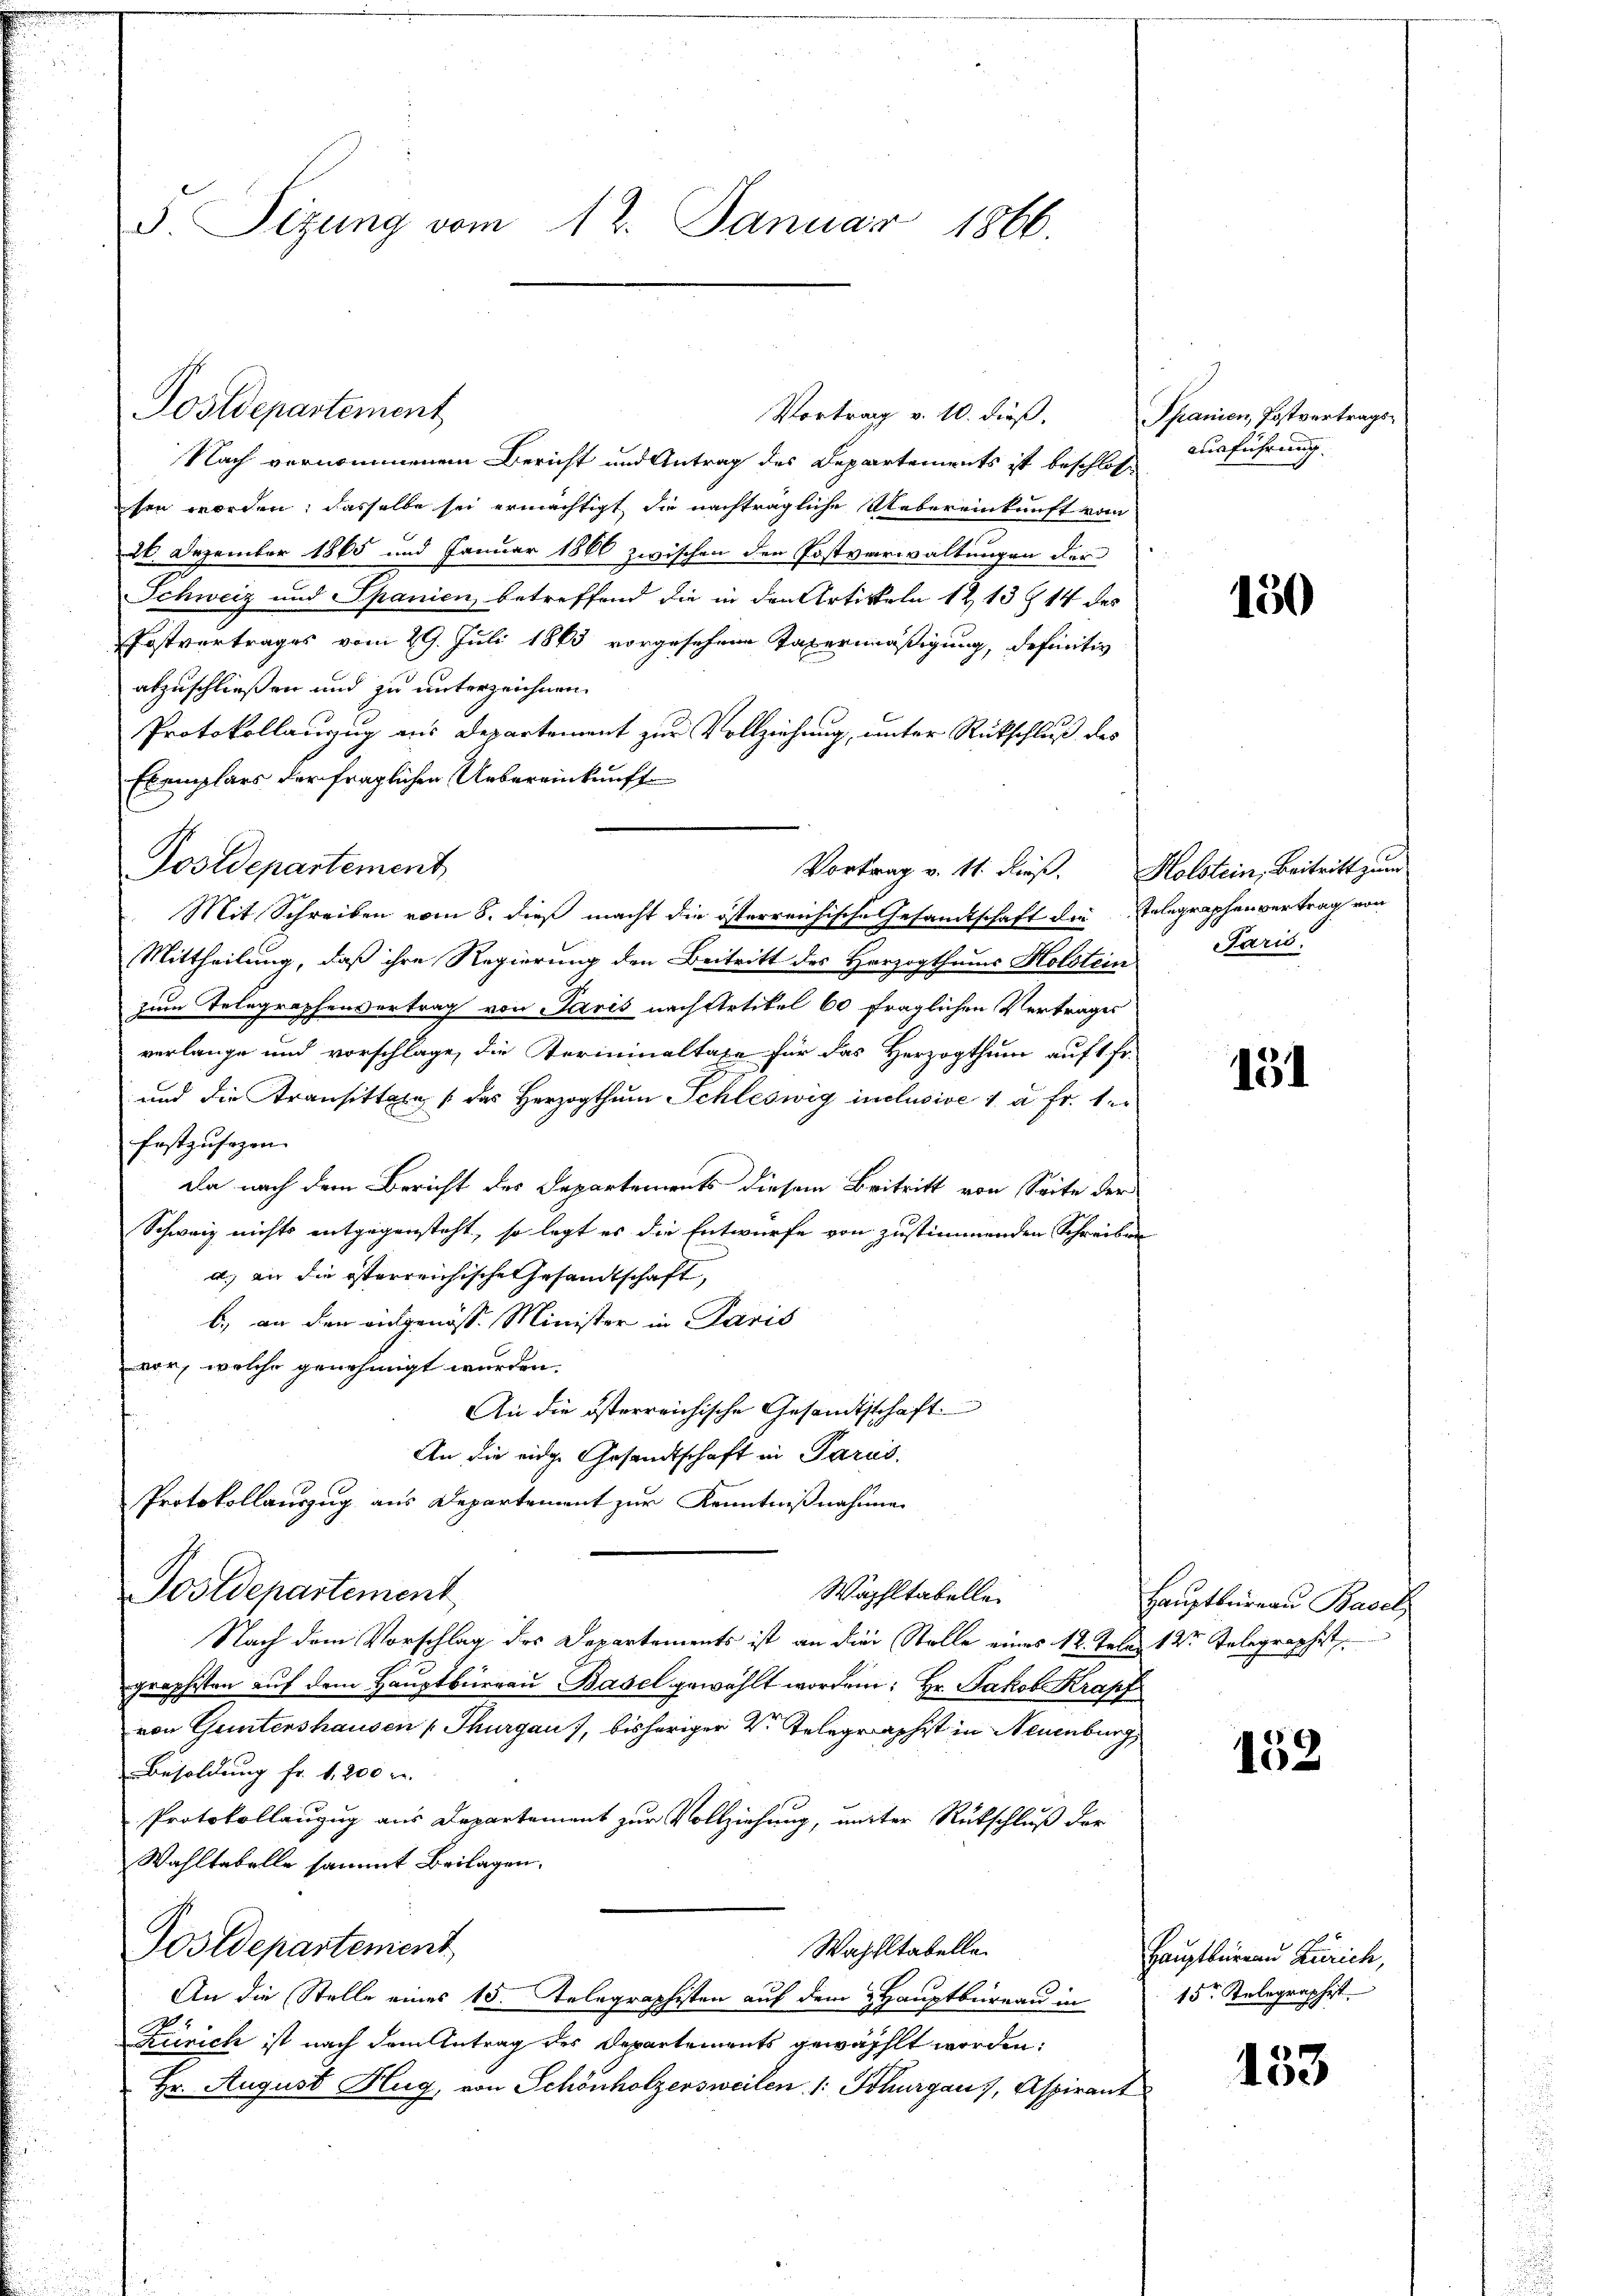
d. Sizung vom 12. Januar 1866.

Postdepartement

Nach vernommenen Bericht und Antrag des Departements ist beschlosse
sen worden; dasselbe sei ermächtigt, die nachträgliche Uebereinkunft vom
26. Dezember 1865 und Januar 1860 zwischen den Postverwaltungen der
Schweiz und Spanien betreffend die in den Artikeln 12 13 § 14 des
Postvertrages vom 29. Juli 1863 vorgesehene Taxermäßigung, definitiv
abzuschließen und zu unterzeichnen.
Protokollanzug aus Departement zur Vollziehung, unter Rückschluß des
Exemplars der fraglichen Uebereinkunft
Postdepartement
Mit Schreiben vom 8. dieß macht die österreichische Gesandtschaft die Telegraphenvertrag von
Mittheilung, daß ihre Regierung den Beitritt des Herzogthums Holstein
zum Telegraphenvertrag von Paris nach Artikel 60 fraglichen Vertrages
verlange und vorschlage, die Terminaltaxe für das Herzogthum auft fr.
und die Transitteln (das Herzogthum Schleswig inclusive 1 u. fr. befestzusagen.
da nach dem Bericht des Departements diesem Beitritt von Seite der
Schweiz nichts entgegensteht, so legt es die Entwurfe von zustimmenden Schreiben
d. an die österreichische Gesandtschaft,
b.) an den eidgenöss. Minister in Paris
vor, welche genehmigt wurden.
An die österreichische Gesandtschaft
An die eidge Gesandtschaft in Parus.
Protokollauszug aus Departement zur Kenntnißnahme
Postdepartement
Wachstabelle
Nach dem Vorschlag des Departements ist an die Stelle eines 12. Jelen 12ten Telegraphist.
graphisten aŭf dem Haŭptbüreaŭ Basel gewählt worden: Hr. Jakob Krapf
von Guntershausen (Thurgau), bisheriger V. Telegraphist in Neuenburg,
Besoldung fr. 1,200 l.
Protokollanzug aus Departement zur Vollziehung, unter Rütschluß der
Wahltabelle sammt Beilagen.
Postdepartement
Wahhltabelle.
An die Stelle eines 15. Telegraphisten auf dem Hauptbureau in
Zürich ist nach dem Antrag des Departements gewählt worden:
Hr. August Hug, von Schönholzersweilen 1: Thurgaus, Aspirant

Vortrag v. 10. dieß.

Vortrag v. 11. Fuß.

Spanien, Postvertragsausführung |

150

Holstein, Beitritt zum
Paris.

131

Hauptbüreau Basel

152

Hauptbüreau Zürich,
15r Kelegraphist

153